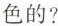
色的?